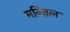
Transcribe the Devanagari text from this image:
मन्ज़िल